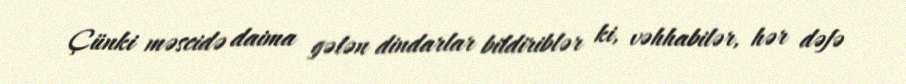
Çünki məscidə daima gələn dindarlar bildiriblər ki, vəhhabilər, hər dəfə